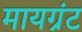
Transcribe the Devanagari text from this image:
मायग्रंट